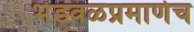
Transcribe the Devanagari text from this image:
भेंडवळप्रमाणेच